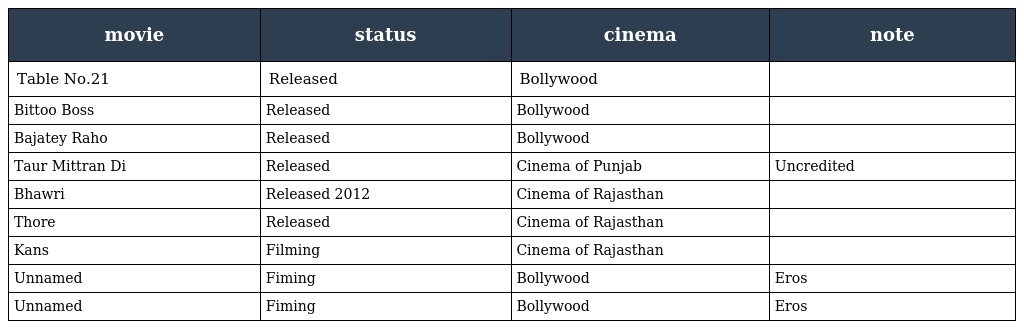
| movie | status | cinema | note |
 | --- | --- | --- | --- |
 | Table No.21 | Released | Bollywood |  |
 | Bittoo Boss | Released | Bollywood |  |
 | Bajatey Raho | Released | Bollywood |  |
 | Taur Mittran Di | Released | Cinema of Punjab | Uncredited |
 | Bhawri | Released 2012 | Cinema of Rajasthan |  |
 | Thore | Released | Cinema of Rajasthan |  |
 | Kans | Filming | Cinema of Rajasthan |  |
 | Unnamed | Fiming | Bollywood | Eros |
 | Unnamed | Fiming | Bollywood | Eros |